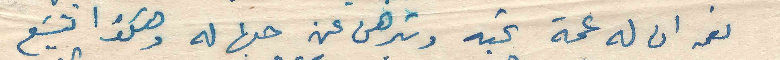
نعمه ان له عمة تحبه وتبرهن عن حبها له وهكذا تشبَع